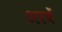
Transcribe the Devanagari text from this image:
अरबें